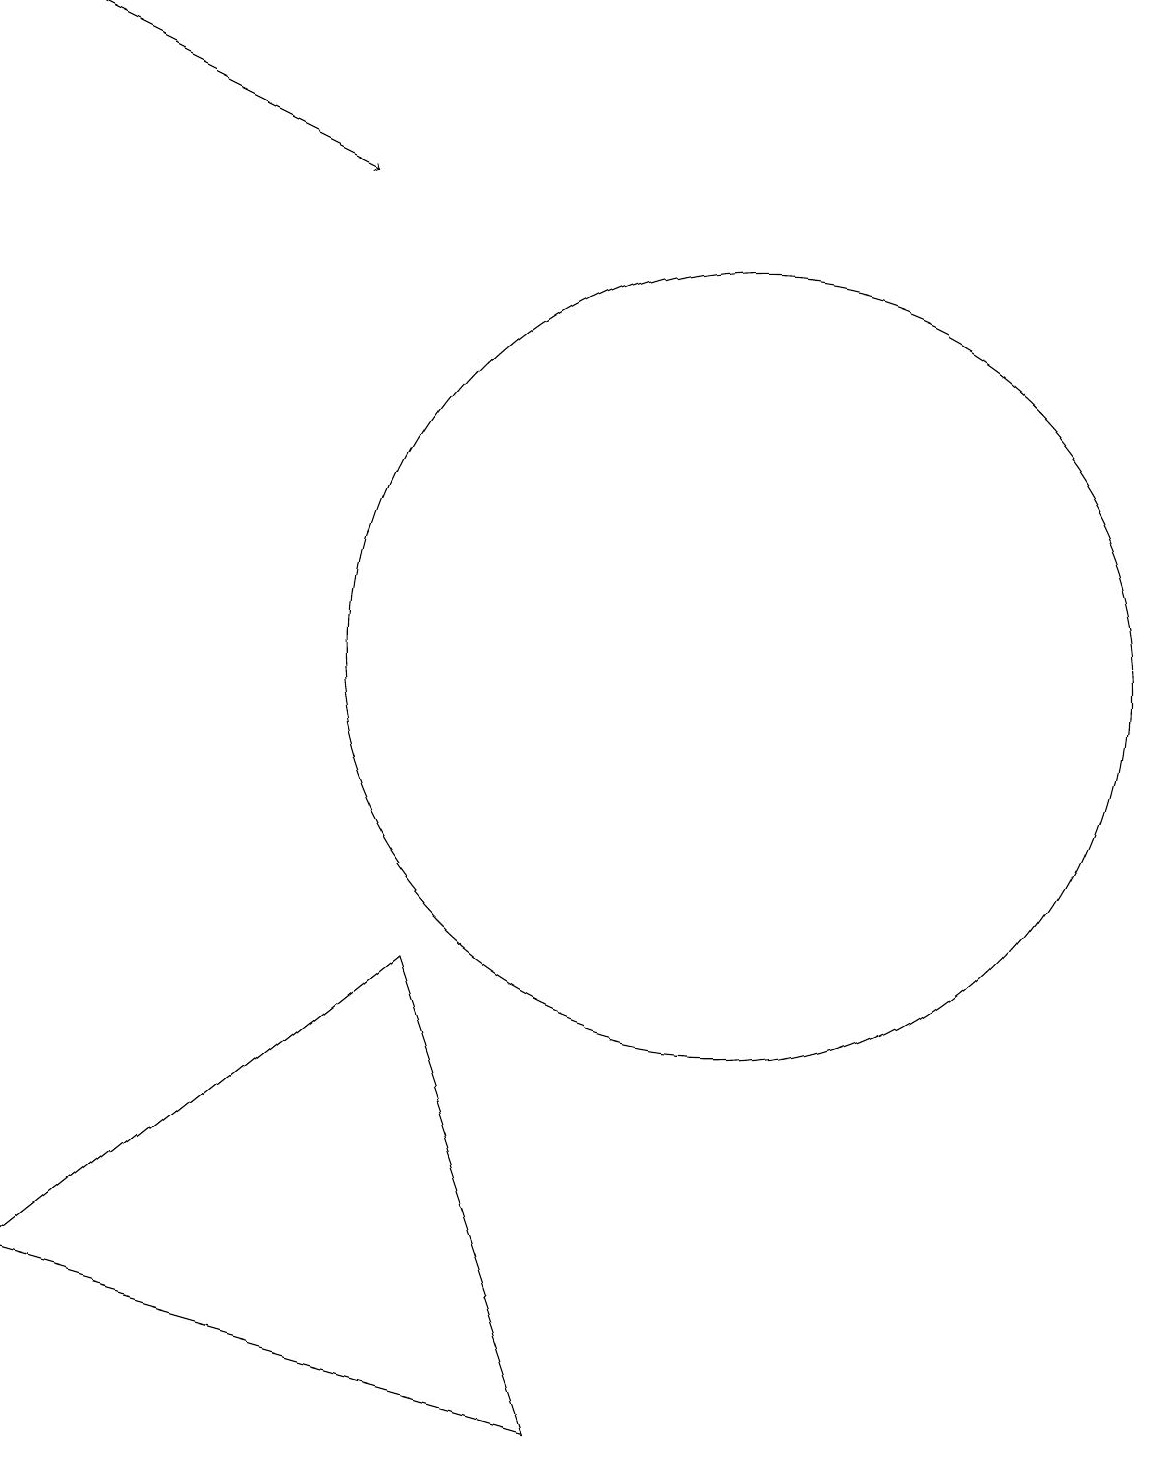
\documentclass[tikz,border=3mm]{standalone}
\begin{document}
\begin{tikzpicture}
\draw (11,11) circle (5);
\draw[->] (2,19) -- (6,17);
\draw (7,7) -- (2,3) -- (9,1) -- cycle;
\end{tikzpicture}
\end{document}